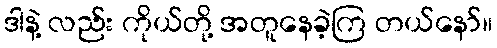
ဒါနဲ့ လည်း ကိုယ်တို့ အတူနေခဲ့ကြ တယ်နော်။